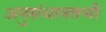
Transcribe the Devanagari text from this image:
अनुसंधानतभी